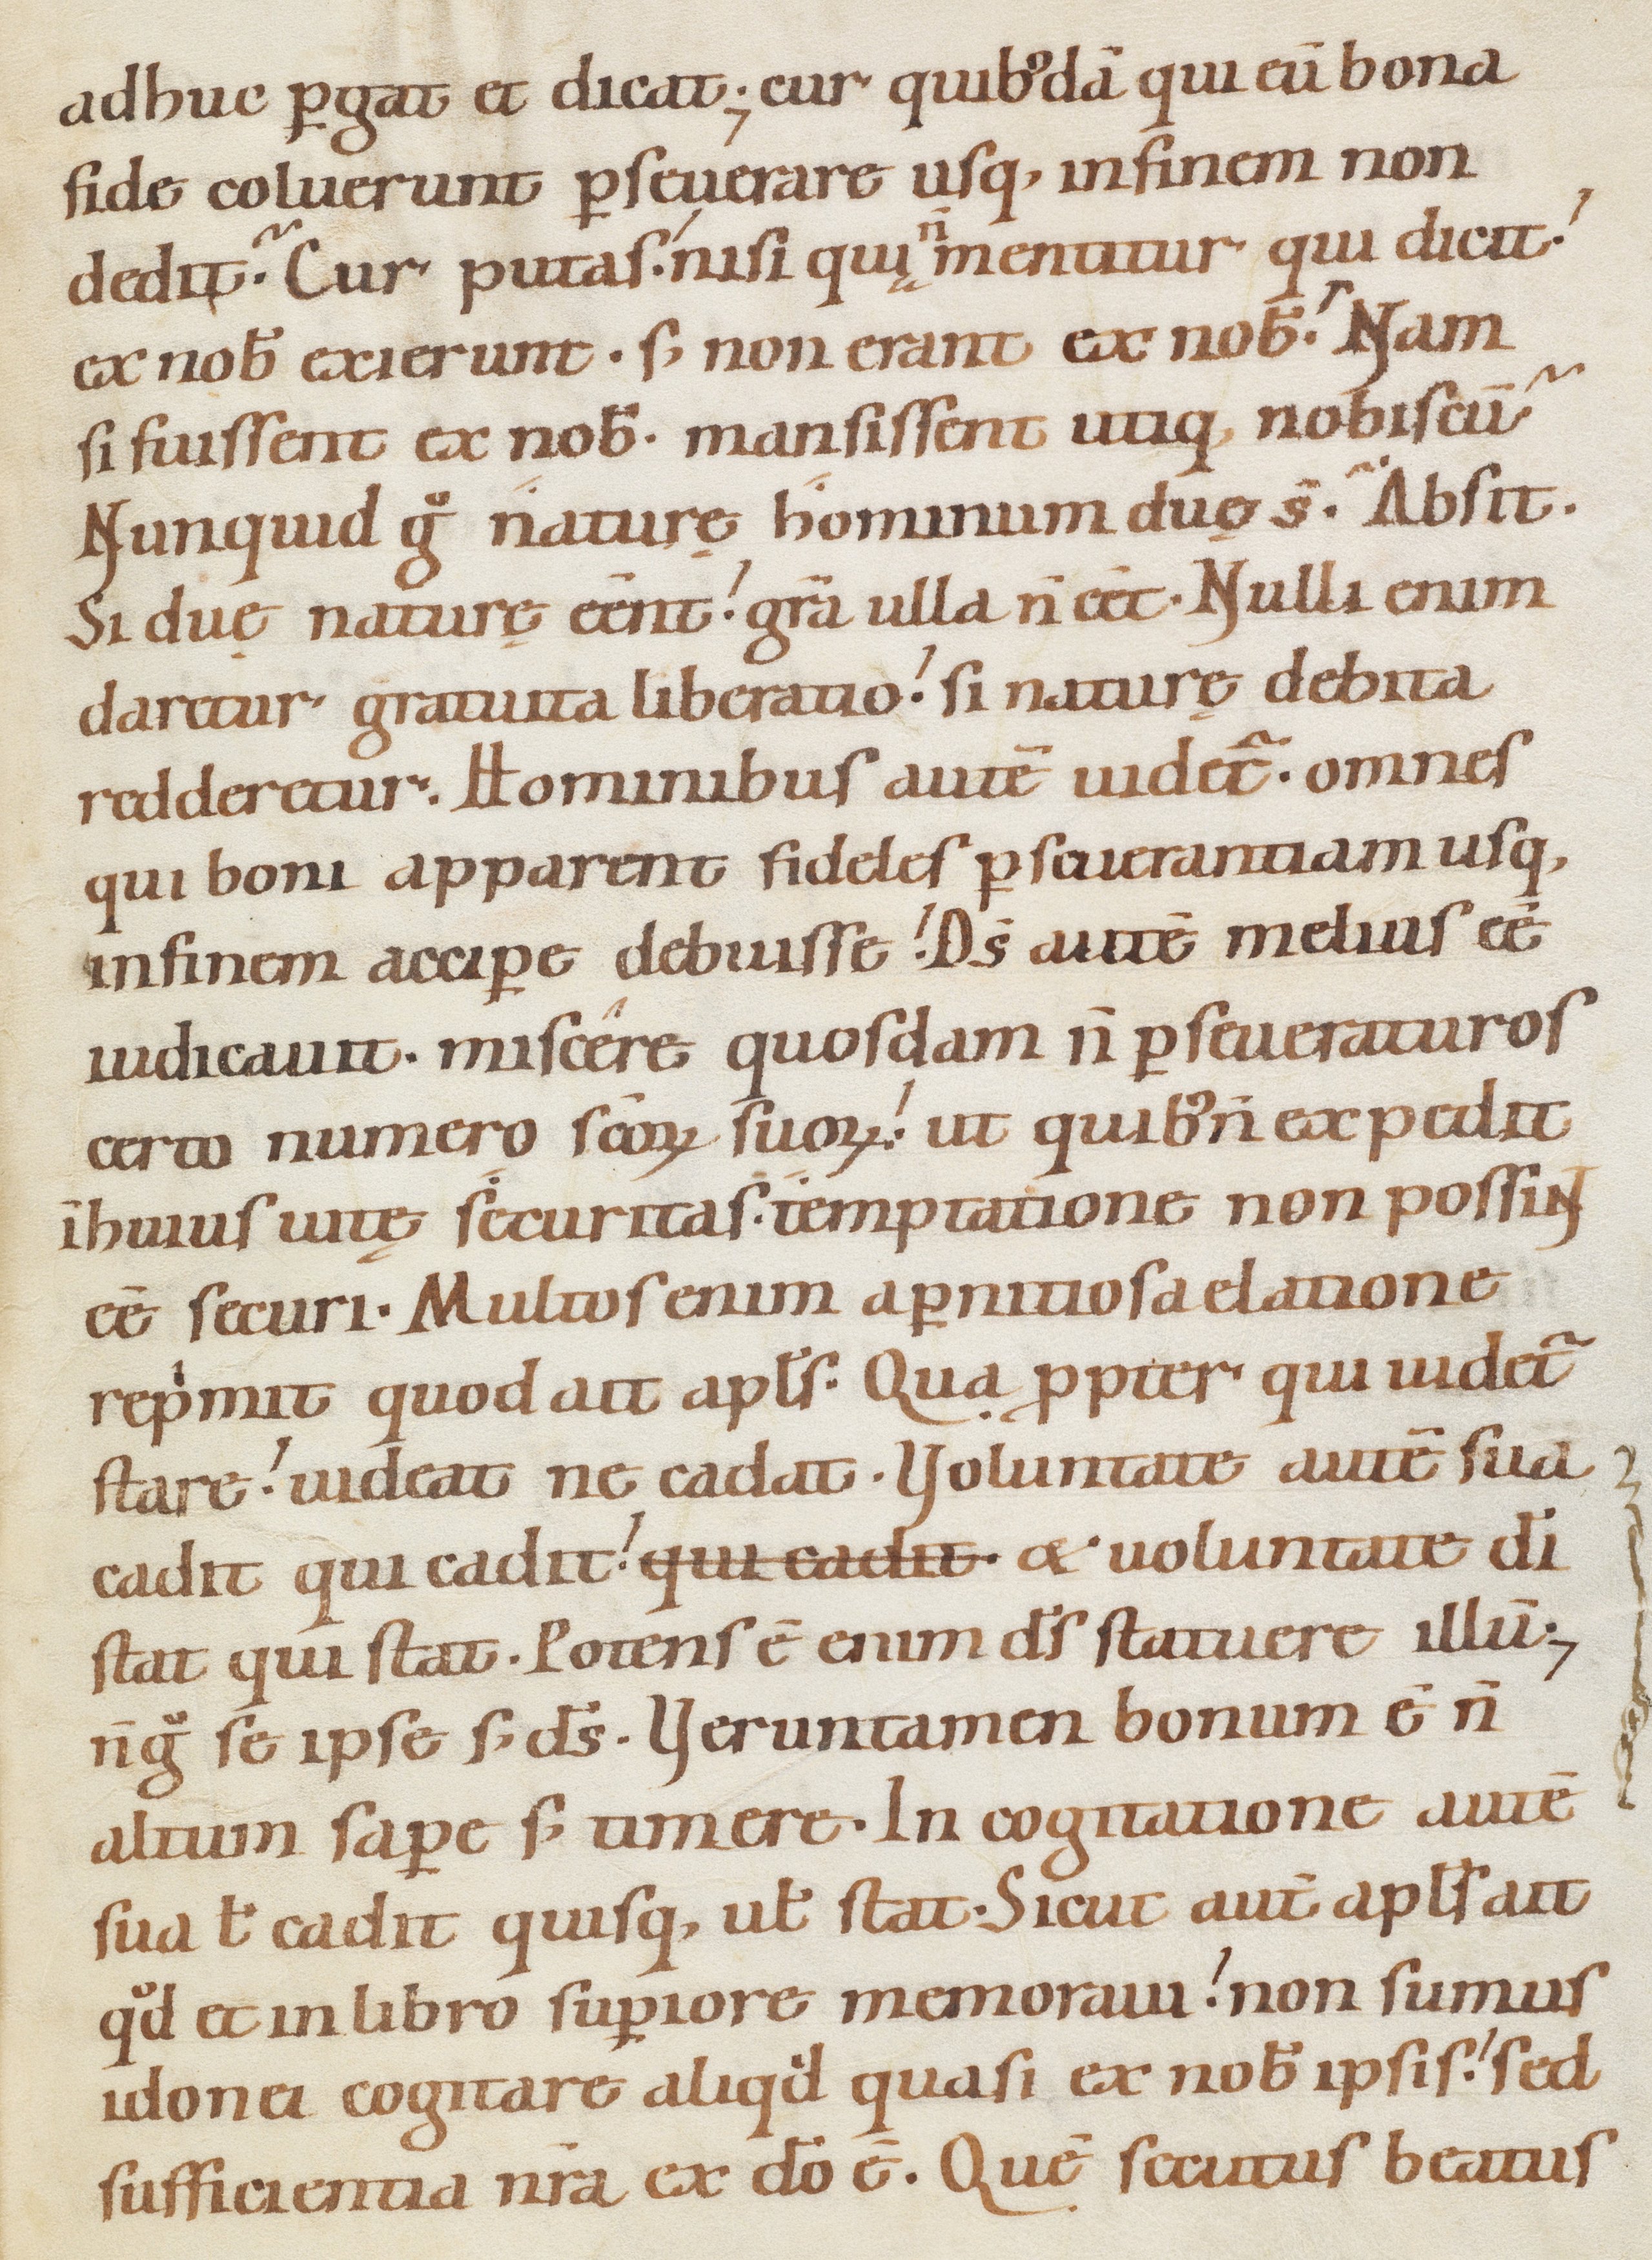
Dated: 1080–1096